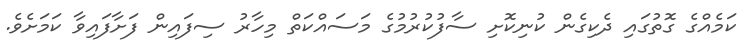
ކަމެއްގެ ގޮތުގައި ދެކިގެން ކުނިކޮށި ސާފުކުރުމުގެ މަސައްކަތް މިހާރު ސިފައިން ފަށާފައިވާ ކަމަށެވެ.